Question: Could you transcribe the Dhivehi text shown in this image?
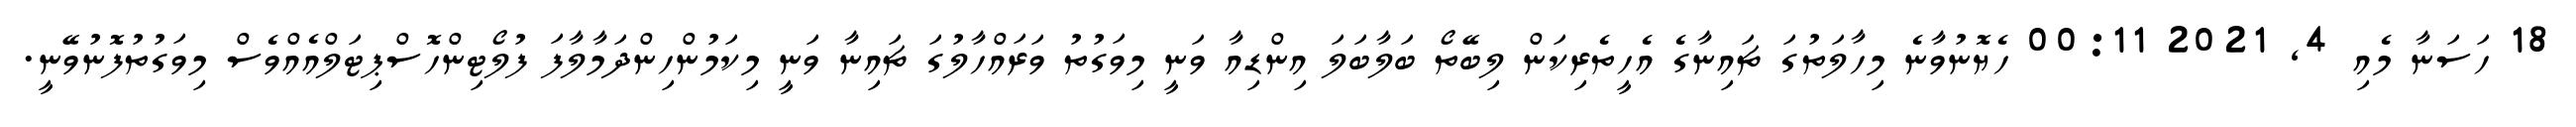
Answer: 18 ހަސަނާ މެއި 4, 2021 00:11 ހެޔޮނުވާނެ މިހާލަތުގަ ޗައިނާގެ އެހީތެރިކަން ލިބޭތޯ ބަލާބަލަ އިންޑިއާ ވަނީ މިވަގުތު ވަރައްހާލުގަ ޗައިނާ ވަނީ މިކަމުންހިންދަމާލާފަ ފުލޯޓިންހޮސްޕިޓަލްއެއްވެސް މިވަގުތުފޮނުވޭނީ.